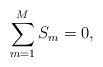
LaTeX: \begin{align*}\sum_{m=1}^M S_m=0,\end{align*}